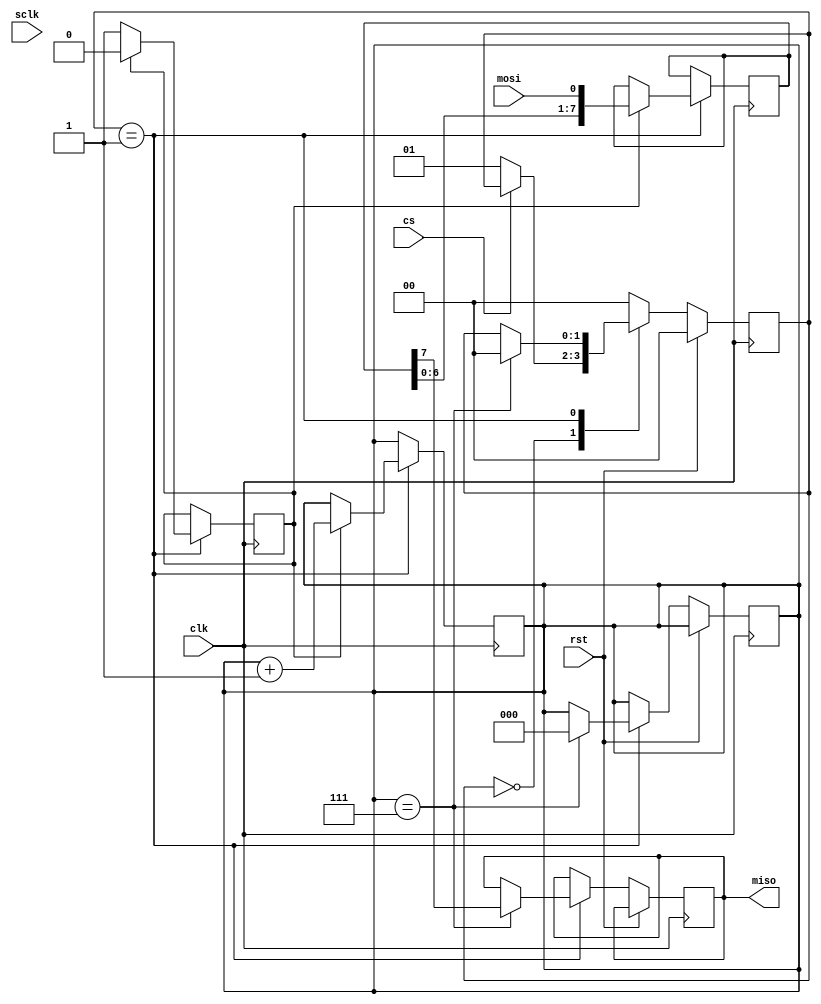
module spi_master(
    input wire clk,
    input wire rst,
    input wire cs,
    input wire sclk,
    input wire mosi,
    output reg miso
);

// State machine states
parameter IDLE = 2'b00;
parameter TRANSFER = 2'b01;

// State machine signals
reg [1:0] state;
reg [7:0] data_reg;
reg [7:0] shift_reg;
reg [2:0] bit_count;
reg cs_reg;
reg sclk_reg;
reg miso_reg;

// Control signals
reg transfer_en;

// Clock divider parameters
parameter SPI_CLK_DIV = 4;

// Shift register for serial data transfer
always @ (posedge clk) begin
    if (state == TRANSFER) begin
        if (sclk_reg) begin
            shift_reg <= {shift_reg[6:0], mosi};
            bit_count <= bit_count + 1;
        end
    end
end

// SPI clock divider
always @ (posedge clk) begin
    if (state == TRANSFER) begin
        if (sclk_reg) begin
            sclk_reg <= 0;
        end else begin
            sclk_reg <= 1;
        end
    end
end

// State machine
always @ (posedge clk) begin
    if (rst) begin
        state <= IDLE;
        cs_reg <= 1;
        transfer_en <= 0;
        data_reg <= 8'b0;
    end else begin
        case(state)
            IDLE: begin
                if (cs == 0) begin
                    state <= TRANSFER;
                    cs_reg <= 0;
                    transfer_en <= 1;
                end
            end
            TRANSFER: begin
                if (bit_count == 7) begin
                    cs_reg <= 1;
                    state <= IDLE;
                    transfer_en <= 0;
                    miso_reg <= shift_reg[7];
                    bit_count <= 0;
                    data_reg <= shift_reg;
                end
            end
            default: begin
                state <= IDLE;
                cs_reg <= 1;
                transfer_en <= 0;
                data_reg <= 8'b0;
            end
        endcase
    end
end

// Output register assignments
assign miso = miso_reg;

endmodule